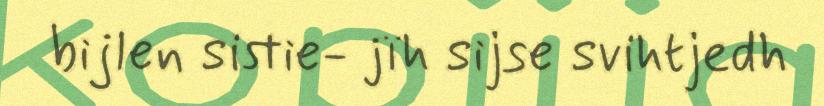
bijlen sistie- jïh sijse svihtjedh